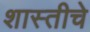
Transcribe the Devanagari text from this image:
शास्तीचे